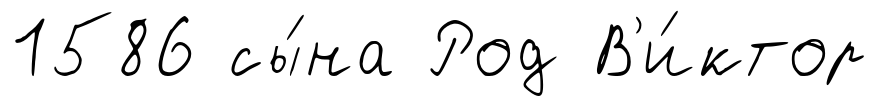
1586 сы́на Род В'и́ктор